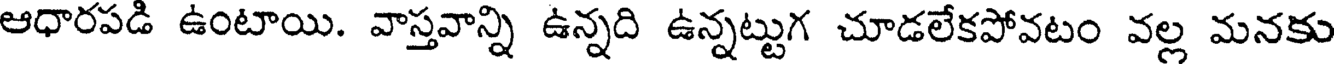
ఆధారపడి ఉంటాయి. వాస్తవాన్ని ఉన్నది ఉన్నట్టుగ చూడలేకపోవటం వల్ల మనకు